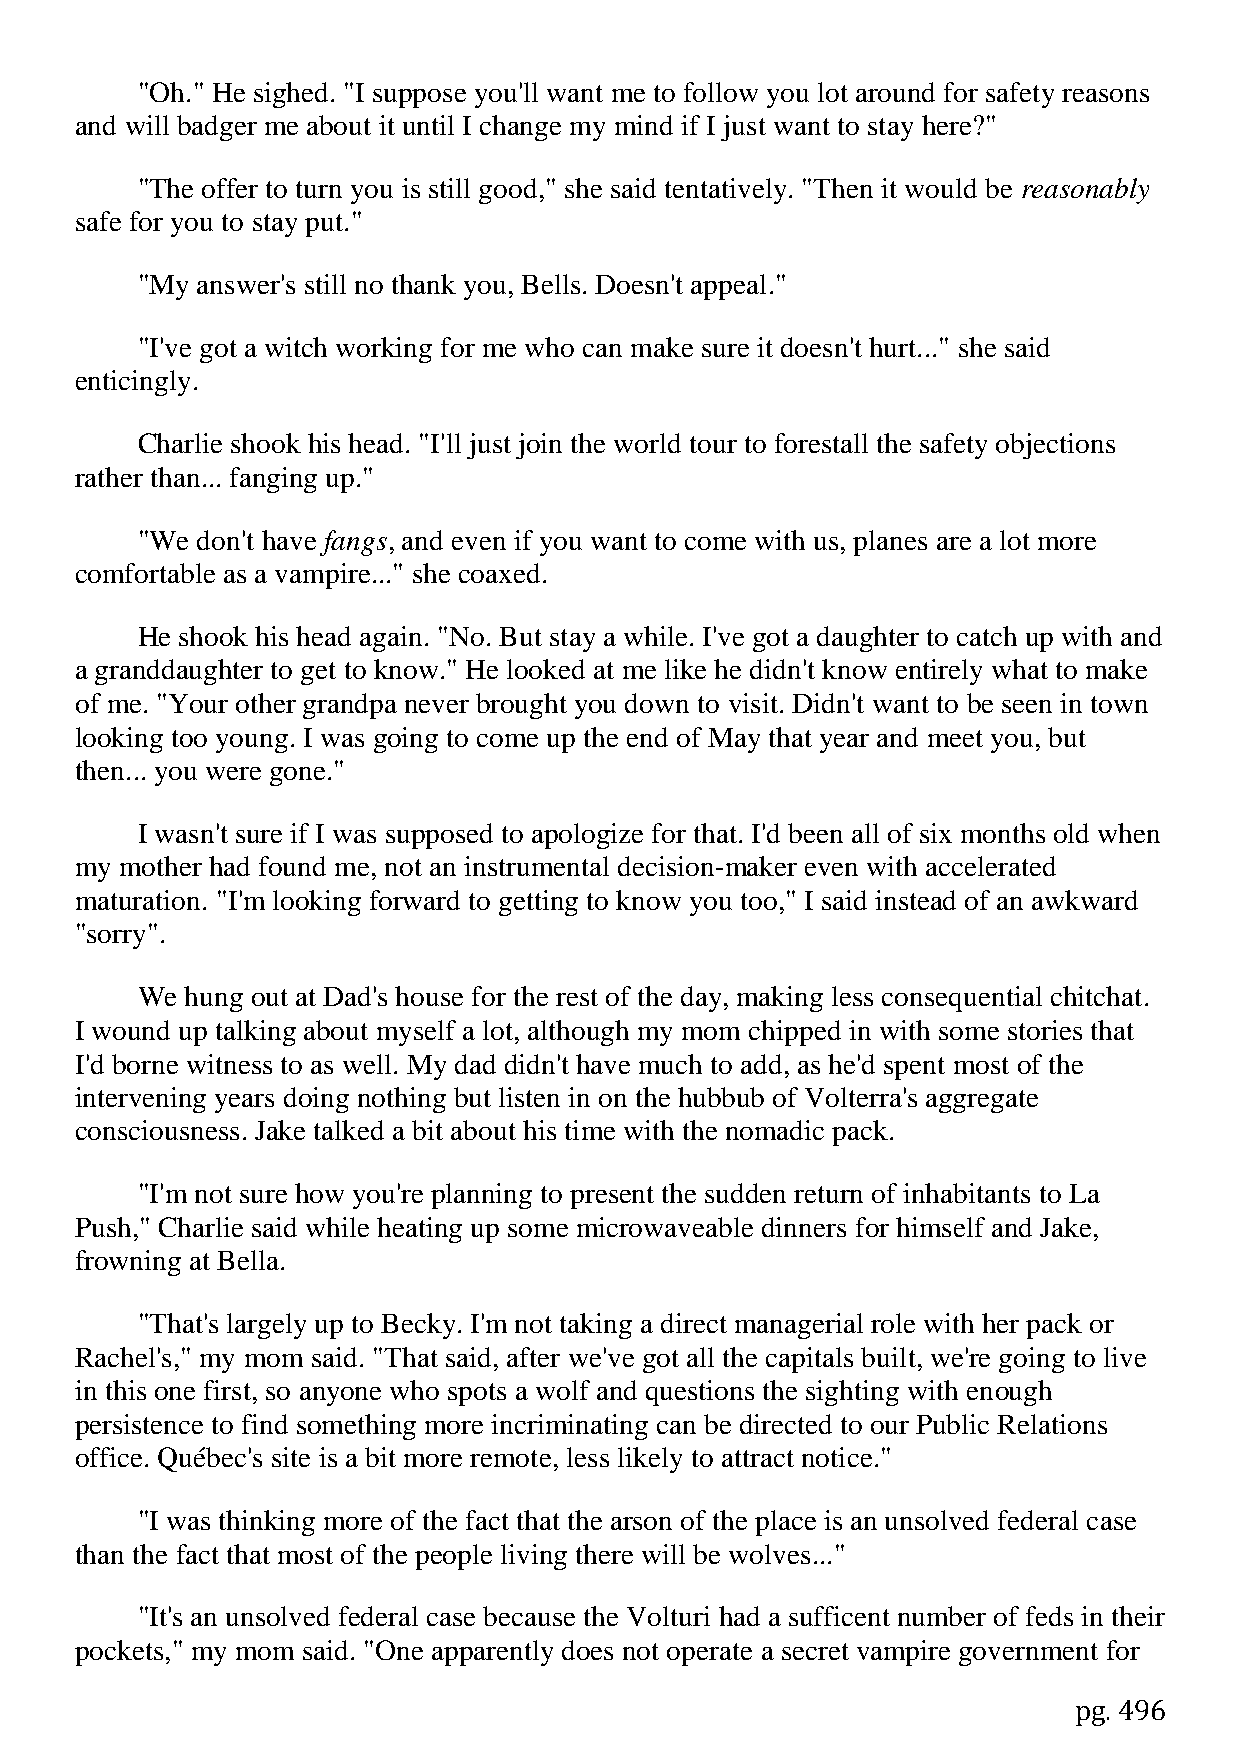
"Oh." He sighed. "I suppose you'll want me to follow you lot around for safety reasons
 and will badger me about it until I change my mind if I just want to stay here?"
 "The offer to turn you is still good," she said tentatively. "Then it would be reasonably
 safe for you to stay put."
 "My answer's still no thank you, Bells. Doesn't appeal."
 "I've got a witch working for me who can make sure it doesn't hurt..." she said
 enticingly.
 Charlie shook his head. "I'll just join the world tour to forestall the safety objections
 rather than... fanging up."
 "We don't have fangs, and even if you want to come with us, planes are a lot more
 comfortable as a vampire..." she coaxed.
 He shook his head again. "No. But stay a while. I've got a daughter to catch up with and
 a granddaughter to get to know." He looked at me like he didn't know entirely what to make
 of me. "Your other grandpa never brought you down to visit. Didn't want to be seen in town
 looking too young. I was going to come up the end of May that year and meet you, but
 then... you were gone."
 I wasn't sure if I was supposed to apologize for that. I'd been all of six months old when
 my mother had found me, not an instrumental decision-maker even with accelerated
 maturation. "I'm looking forward to getting to know you too," I said instead of an awkward
 "sorry".
 We hung out at Dad's house for the rest of the day, making less consequential chitchat.
 I wound up talking about myself a lot, although my mom chipped in with some stories that
 I'd borne witness to as well. My dad didn't have much to add, as he'd spent most of the
 intervening years doing nothing but listen in on the hubbub of Volterra's aggregate
 consciousness. Jake talked a bit about his time with the nomadic pack.
 "I'm not sure how you're planning to present the sudden return of inhabitants to La
 Push," Charlie said while heating up some microwaveable dinners for himself and Jake,
 frowning at Bella.
 "That's largely up to Becky. I'm not taking a direct managerial role with her pack or
 Rachel's," my mom said. "That said, after we've got all the capitals built, we're going to live
 in this one first, so anyone who spots a wolf and questions the sighting with enough
 persistence to find something more incriminating can be directed to our Public Relations
 office. Québec's site is a bit more remote, less likely to attract notice."
 "I was thinking more of the fact that the arson of the place is an unsolved federal case
 than the fact that most of the people living there will be wolves..."
 "It's an unsolved federal case because the Volturi had a sufficent number of feds in their
 pockets," my mom said. "One apparently does not operate a secret vampire government for
 pg. 496